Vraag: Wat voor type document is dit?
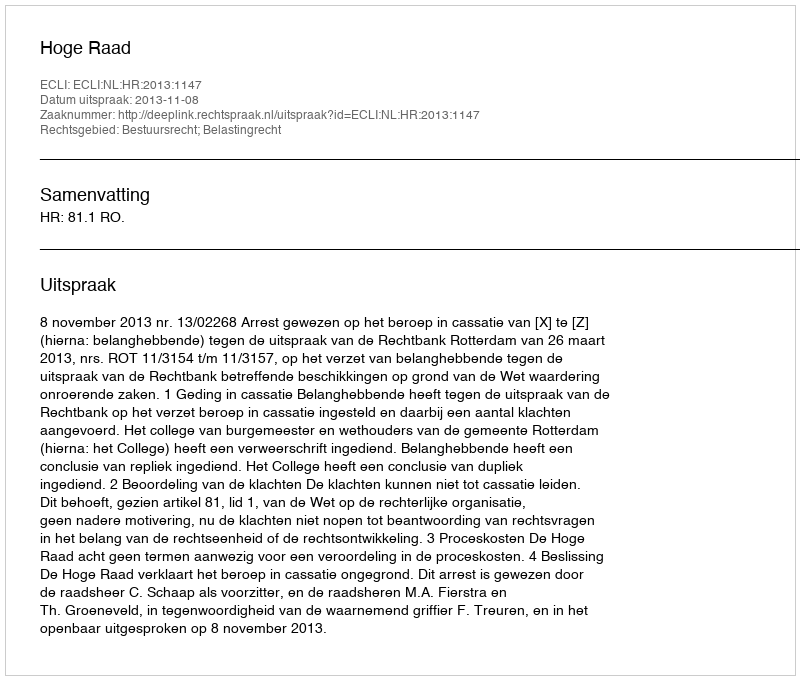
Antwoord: Uitspraak